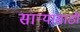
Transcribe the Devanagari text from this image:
सार्‍यांसाठी